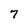
Character: 7